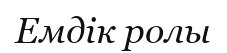
Емдік ролы